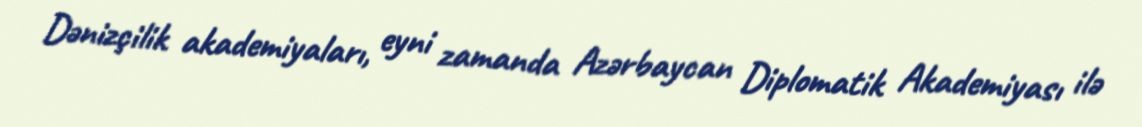
Dənizçilik akademiyaları, eyni zamanda Azərbaycan Diplomatik Akademiyası ilə